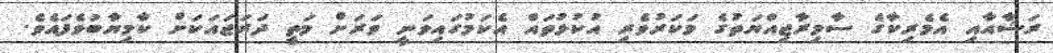
ރަޝާއާއި އެމެރިކާގެ ސާމިރާޖިއްޔަތުގެ މަކަރުވެރި އުކުޅުތައް އެކަމުގައިވަނީ ވަރަށް މަތީ ދަރަޖައަކަށް ކާމިޔާބުވެފައެވެ.